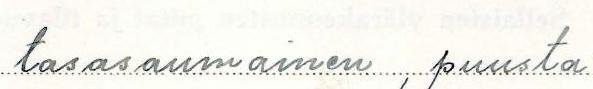
tasasaumainen, puusta